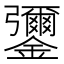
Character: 䥸